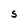
Character: S